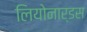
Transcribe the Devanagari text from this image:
लियोनार्डस